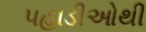
પહાડીઓથી